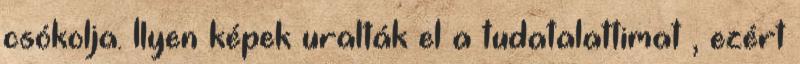
csókolja. Ilyen képek uralták el a tudatalattimat , ezért